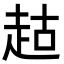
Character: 𬦉